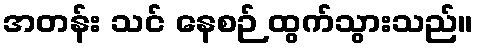
အတန်း သင် နေစဉ် ထွက်သွားသည်။